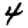
Digit: 4